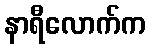
နာရီလောက်က